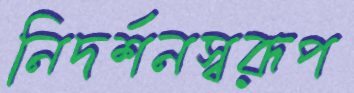
নিদর্শনস্বরূপ